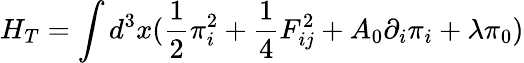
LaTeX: H_{T}=\int d^{3}x(\frac{1}{2}\pi_{i}^{2}+\frac{1}{4}F_{ij}^{2}+A_{0}\partial_{i}\pi_{i}+\lambda\pi_{0})